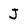
Character: J